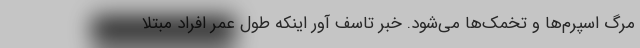
مرگ اسپرم‌ها و تخمک‌ها می‌شود. خبر تاسف آور اینکه طول عمر افراد مبتلا